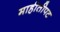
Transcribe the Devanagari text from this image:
माहीतीपट